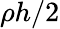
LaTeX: \rho h/2